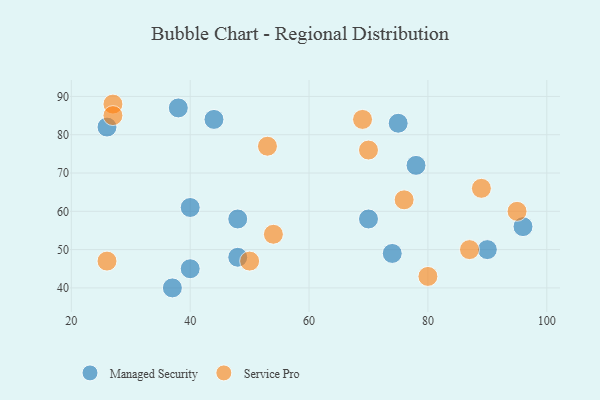
{"axis": {"x": "GDP", "y": "Life Expectancy"}, "legend": ["Managed Security", "Service Pro"], "data": [{"x": "37", "y": 40, "type": "Managed Security"}, {"x": "38", "y": 87, "type": "Managed Security"}, {"x": "75", "y": 83, "type": "Managed Security"}, {"x": "40", "y": 61, "type": "Managed Security"}, {"x": "78", "y": 72, "type": "Managed Security"}, {"x": "26", "y": 82, "type": "Managed Security"}, {"x": "48", "y": 58, "type": "Managed Security"}, {"x": "90", "y": 50, "type": "Managed Security"}, {"x": "48", "y": 48, "type": "Managed Security"}, {"x": "70", "y": 58, "type": "Managed Security"}, {"x": "40", "y": 45, "type": "Managed Security"}, {"x": "96", "y": 56, "type": "Managed Security"}, {"x": "44", "y": 84, "type": "Managed Security"}, {"x": "74", "y": 49, "type": "Managed Security"}, {"x": "70", "y": 76, "type": "Service Pro"}, {"x": "69", "y": 84, "type": "Service Pro"}, {"x": "87", "y": 50, "type": "Service Pro"}, {"x": "76", "y": 63, "type": "Service Pro"}, {"x": "26", "y": 47, "type": "Service Pro"}, {"x": "50", "y": 47, "type": "Service Pro"}, {"x": "95", "y": 60, "type": "Service Pro"}, {"x": "89", "y": 66, "type": "Service Pro"}, {"x": "53", "y": 77, "type": "Service Pro"}, {"x": "27", "y": 88, "type": "Service Pro"}, {"x": "27", "y": 85, "type": "Service Pro"}, {"x": "54", "y": 54, "type": "Service Pro"}, {"x": "80", "y": 43, "type": "Service Pro"}]}